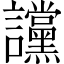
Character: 讜